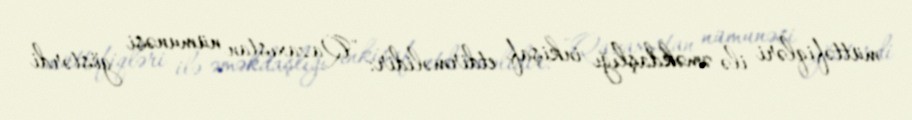
müttəfiqləri ilə əməkdaşlığı inkişaf etdirməlidir: "Qazaxıstan nümunəsi göstərdi